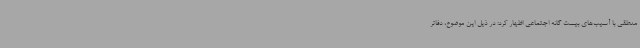
منطقی با آسیب‌های بیست گانه اجتماعی اظهار کرد: در ذیل این موضوع، دفاتر